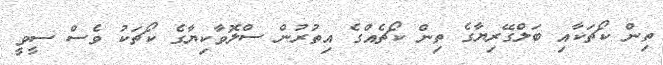
ތިން ކޯޗަކާއި ބަލްގޭރިޔާގެ ތިން ކޯޗެއްގެ އިތުރުން ސްލޮވާކިޔާގެ ކޯޗަކު ވެސް ސީވީ